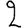
Digit: 2